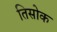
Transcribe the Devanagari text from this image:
तिसोक